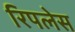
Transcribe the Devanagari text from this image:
रिपलेस